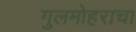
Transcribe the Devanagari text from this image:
गुलमोहराचा